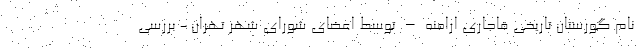
نام گورستان تاریخی قاجاری ارامنه – توسط اعضای شورای شهر تهران - بررسی